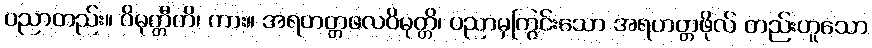
ပညာတည်း။ ဝိမုတ္တီတိ၊ ကား။ အရဟတ္တဖလဝိမုတ္တိ၊ ပညာမှကြွင်းသော အရဟတ္တဖိုလ် တည်းဟူသော